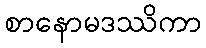
စာနောမဒဿိကာ